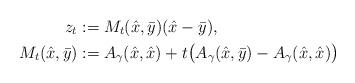
LaTeX: \begin{align*}z_t &:= M_t(\hat{x},\bar{y})(\hat{x}-\bar{y}), \\M_t(\hat{x},\bar{y}) &:= A_\gamma(\hat{x},\hat{x}) + t\big(A_\gamma(\hat{x},\bar{y}) - A_\gamma(\hat{x},\hat{x})\big)\end{align*}